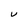
Character: V